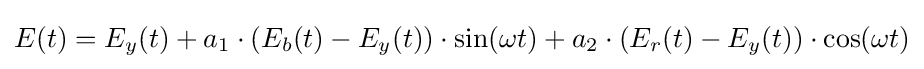
E(t)=E_{y}(t)+a_{1}\cdot (E_{b}(t)-E_{y}(t))\cdot \sin(\omega t)+a_{2}\cdot (E_{r}(t)-E_{y}(t))\cdot \cos(\omega t)